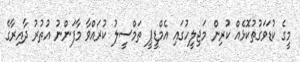
މީގެ ކުޑަވަގުތުކޮޅެއް ކުރިން މަޖިލީހުގައި އެމްޑީޕީ ތަމްސީލު ކުރައްވާ މާފަންނު އުތުރު ދާއިރާގެ